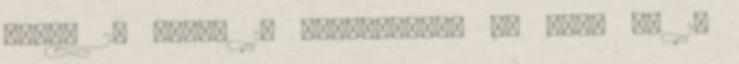
Dénes 2, Török 1, Hosnyánszky 4, Kiss G. 1,